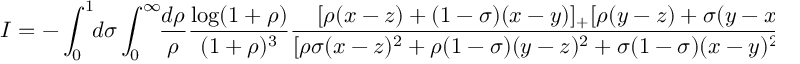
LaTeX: { \cal I } = - \int _ { 0 } ^ { 1 } \! \! d \sigma \int _ { 0 } ^ { \infty } \! \! { \frac { d \rho } { \rho } } { \frac { \log ( 1 + \rho ) } { ( 1 + \rho ) ^ { 3 } } } { \frac { [ \rho ( x - z ) + ( 1 - \sigma ) ( x - y ) ] _ { + } [ \rho ( y - z ) + \sigma ( y - x ) ] _ { + } ^ { 2 } } { [ \rho \sigma ( x - z ) ^ { 2 } + \rho ( 1 - \sigma ) ( y - z ) ^ { 2 } + \sigma ( 1 - \sigma ) ( x - y ) ^ { 2 } - i \epsilon ] } } \ .